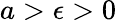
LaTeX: a>\epsilon>0